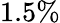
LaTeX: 1.5\%